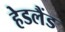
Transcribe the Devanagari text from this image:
हेडलैंड